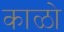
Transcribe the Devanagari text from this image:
काळो